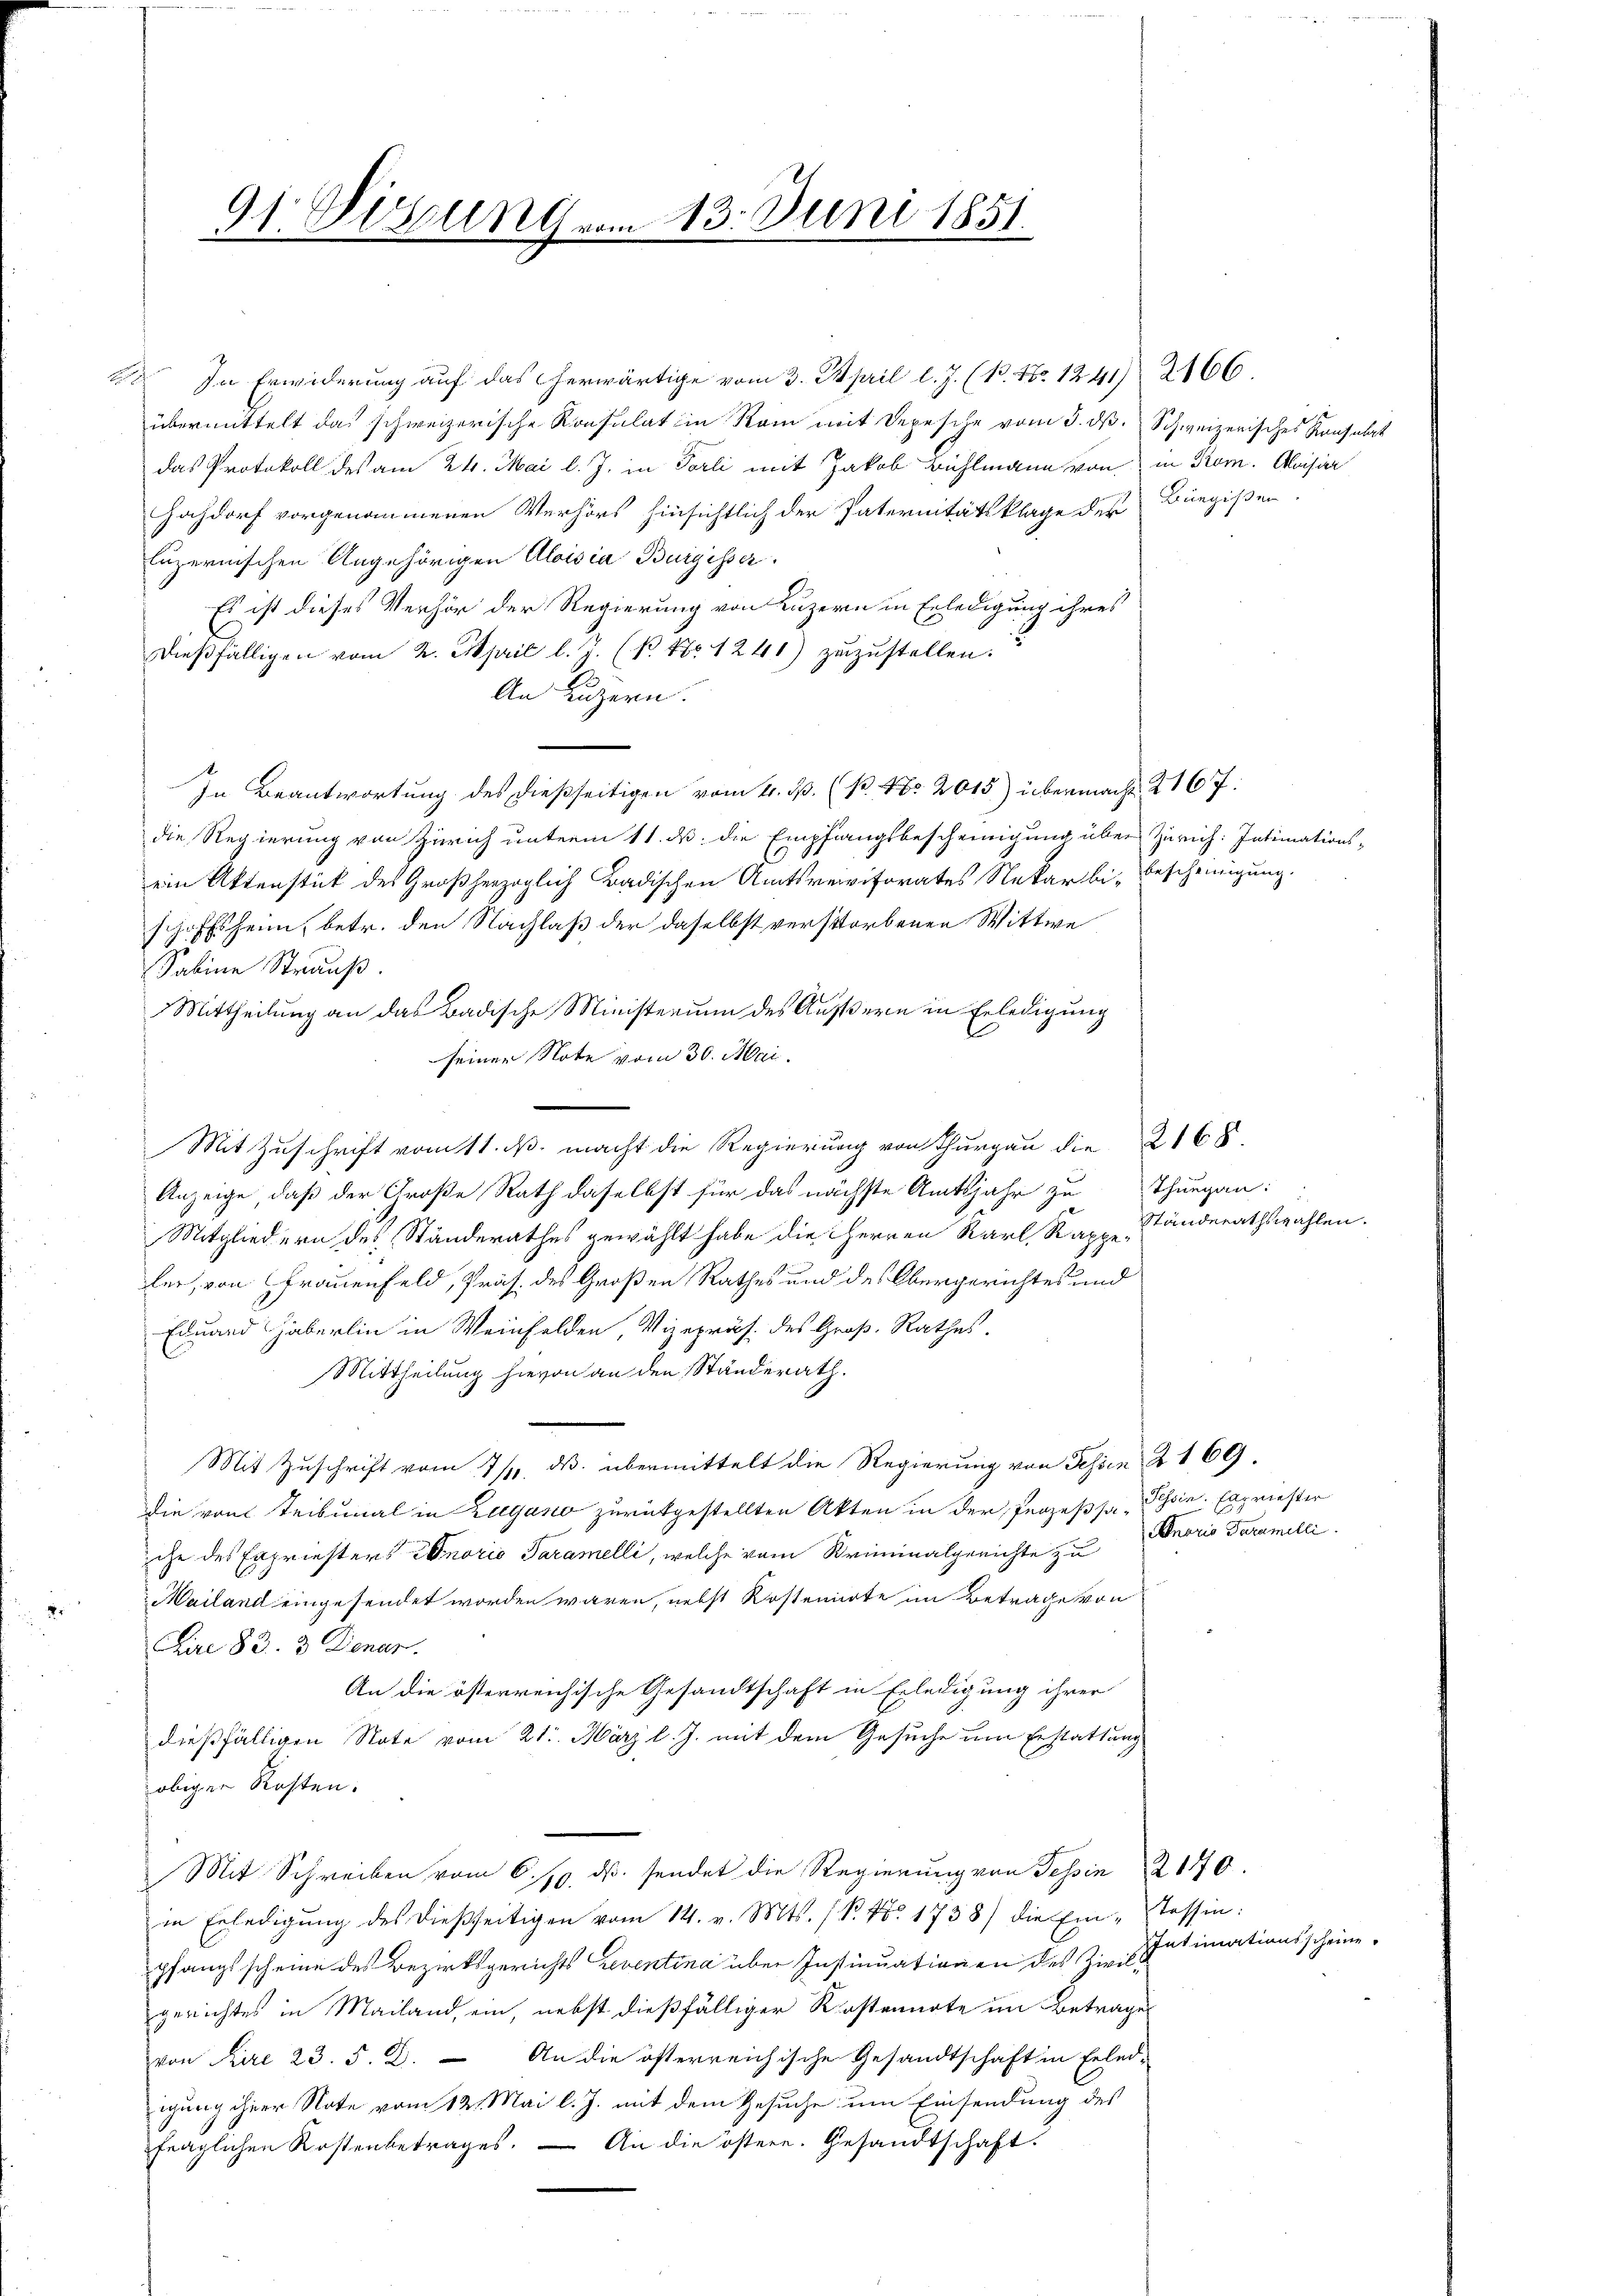
In Erwiderung auf das herwärtige vom 3. April l. J. (15. 17. 1241 2166.
übermittelt das schweizerische Konsulat in Rom mit Depesche vom 3. ds. Schweizerisches Konsulat
das Protokoll des am 24. Mai l. J. in Tarli mit Jakob Bühlmann von in Rom. Aloisier
Hochdorf vorgenommenen Verhörs hinsichtlich der Paternitätsklage der Bürgissen
luzernischen Angehörigen Aloisia Burgisser.
Es ist dieses Verhör der Regierung von Luzern in Erledigung ihres
dießfälligen vom 2. April l. J. (P. Nr. 1240) zuzustellen.
An Luzern.
In Beantwortung des dießseitigen vom 4. d. (P. Nr. 2015) übermacht 2167:
die Regierung von Zürich unterm 11. ds. die Empfangsbescheinigung über Zürich: Intimations-
ein Aktenstück des Großherzoglich Badischen Amtsrevisorates Nekarbi-Bescheinigung.
schaftsheim, betr. den Nachlaß der daselbst verstorbenen Wittwe
Sabine Strauß.
Mittheilung an das Badische Ministerium des Äußern in Erledigung
seiner Note vom 30. Mai.
Anzeige, daß der Große Rath daselbst für das nächste Amtsjahr zu Thurgau:
Mitgliedern des Ständerathes gewählt habe die HHerren Karl, Kappeler, von Frauenfeld, Präs. des Großen Rathes und des Obergerichtes und
Eduard Häberlin in Weinfelden, Vizepräs. des Groß-Rathes.
Mittheilung hievon an den Standerath.
Mit Zuschrift vom 7/4. ds. übermittelt die Regierung von Fessen § 169
die von Tribunal in Zugano zurückgestellten Akten in der Prozessa Schin. Espriester
che des Expriesters Honoris Taramelli, welche vom Kriminalgerichte zu
Mailand eingesendet worden wären, nebst Kostenirte im Betrage von
Fire 83. 3. Denur.
An die österreichische Gesandtschaft in Erledigung ihrer
dießfälligen Note vom 21. März l. J. mit dem Gesuche um Erstattung
obigen Kosten.
Mit Schreiben vom 6. 19. ds. sendet die Regierung von Tessin 2170.
in Erledigŭng des dießseitigen vom 14. v. Mts. (S. Nr. 1738) die Ein-Tessin:
pfangs scheine des Bezirksgerichts reventina über Instinuationen des Zivilgerichtes in Mailand, ein, nebst dießfälliger Kostennote im Betrages
von Pire 23. §. 2. An die österreichische Gesandtschaft in Erled-
igung ihrer Note vom 12. Mai l. J. mit dem Gesuche um Einsendung des
fraglichen Kostenbetrages. — An die östere. Gesandtschaft?

91. Digung vom 13. Juni 1851.

Mit Zuschrift vom 11. ds. macht die Regierung von Thurgau die 2168.

Ständerathswahlen.

Bnario Paramelli

IIntimationsscheine